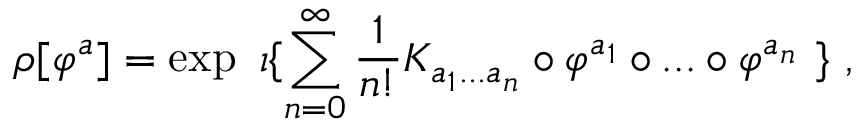
\rho [ \varphi ^ { a } ] = \exp \ \imath \{ \sum _ { n = 0 } ^ { \infty } \frac { 1 } { n ! } K _ { a _ { 1 } . . . a _ { n } } \circ \varphi ^ { a _ { 1 } } \circ . . . \circ \varphi ^ { a _ { n } } \ \} \ ,